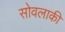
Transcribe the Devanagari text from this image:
सोवलाकी